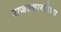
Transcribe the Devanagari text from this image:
राजस्थानीच्या